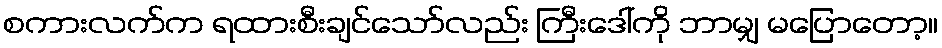
စကားလက်က ရထားစီးချင်သော်လည်း ကြီးဒေါ်ကို ဘာမျှ မပြောတော့။